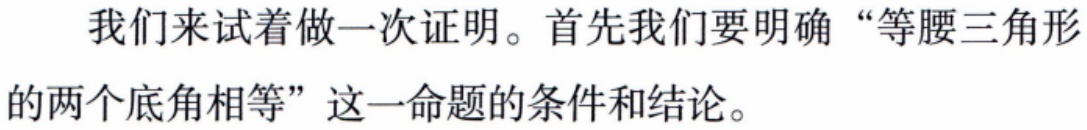
我们来试着做一次证明。首先我们要明确“等腰三角形的两个底角相等”这一命题的条件和结论。